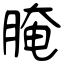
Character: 腌